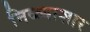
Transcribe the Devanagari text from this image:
निळ्याशार